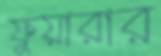
ফুয়ারার